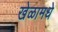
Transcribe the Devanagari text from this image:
खेळामधे